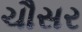
ચૌસર